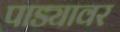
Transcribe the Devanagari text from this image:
पाड्यावर